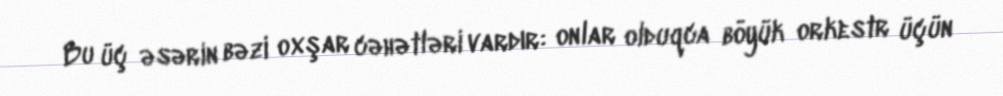
Bu üç əsərin bəzi oxşar cəhətləri vardır: onlar olduqca böyük orkestr üçün